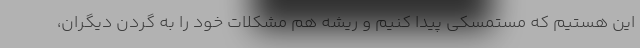
اين هستيم كه مستمسكي پيدا كنيم و ريشه هم مشكلات خود را به گردن ديگران،